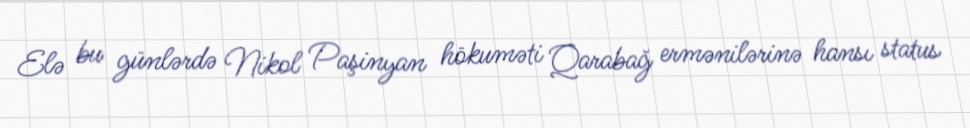
Elə bu günlərdə Nikol Paşinyan hökuməti Qarabağ ermənilərinə hansı status